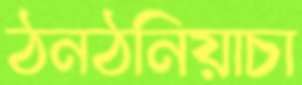
ঠনঠনিয়াচা